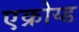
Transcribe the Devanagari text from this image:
एक्रोय्ड